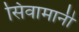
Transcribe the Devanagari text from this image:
सिवामानी